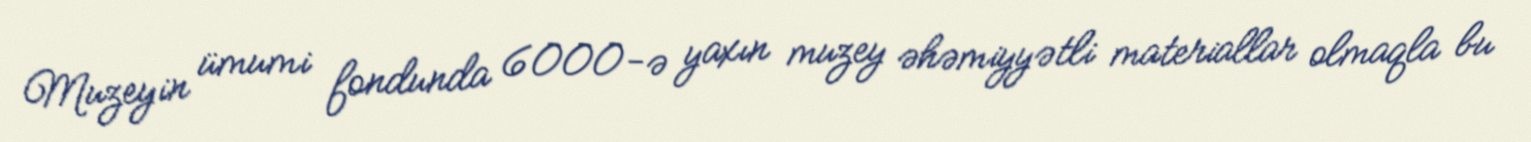
Muzeyin ümumi fondunda 6000-ə yaxın muzey əhəmiyyətli materiallar olmaqla bu